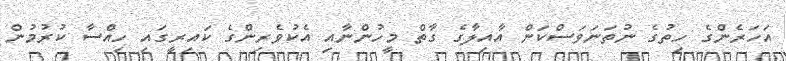
އަހަރެންގެ ހިތުގެ ނުތަނަވަސްކަން އާއިލާގެ ގާތް މީހުންނާއި އެކުވެރިންގެ ކައިރީގައި ހިއްސާ ކުރުމުން